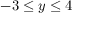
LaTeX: - 3 \leq y \leq 4